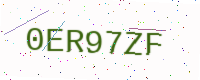
Text: 0ER97ZF